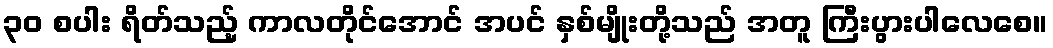
၃၀ စပါး ရိတ်သည့် ကာလတိုင်အောင် အပင် နှစ်မျိုးတို့သည် အတူ ကြီးပွားပါလေစေ။